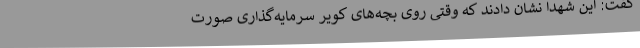
گفت: این شهدا نشان دادند که وقتی روی بچه‌های کویر سرمایه‌گذاری صورت